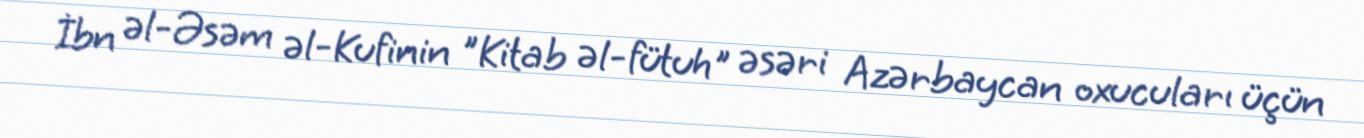
İbn əl-Əsəm əl-Kufinin "Kitab əl-fütuh" əsəri Azərbaycan oxucuları üçün